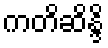
ကတိဆိန္ဒိ